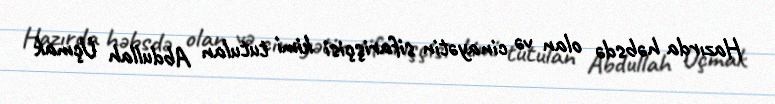
Hazırda həbsdə olan və cinayətin sifarişçisi kimi tutulan Abdullah Uçmak